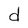
Character: d